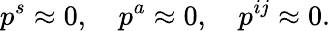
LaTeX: p^{s}\approx 0,\quad p^{a}\approx 0,\quad p^{ij}\approx 0.